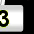
Digit: 3